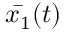
\bar { x _ { 1 } } ( t )